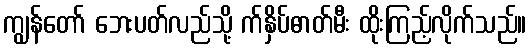
ကျွန်တော် ဘေးပတ်လည်သို့ က်နှိပ်ဓာတ်မီး ထိုးကြည့်လိုက်သည်။